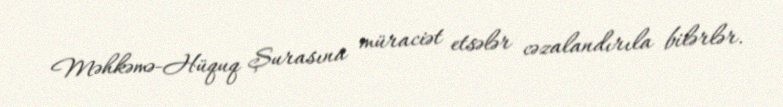
Məhkəmə-Hüquq Şurasına müraciət etsələr cəzalandırıla bilərlər.